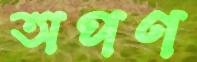
অপণ